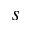
^ Ḋ s Ḍ